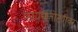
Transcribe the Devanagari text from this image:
फायद्यातोट्यांवर